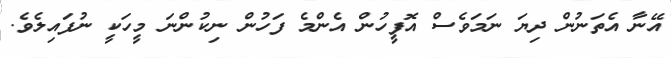
އޭނާ އެތަނުން ދިޔަ ނަމަވެސް އޮފީހުން އެންމެ ފަހުން ނިކުންނަ މީހަކީ ނުފައިލެވެ.